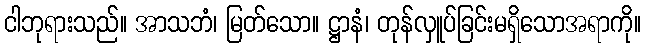
ငါဘုရားသည်။ အာသဘံ၊ မြတ်သော။ ဋ္ဌာနံ၊ တုန်လှူပ်ခြင်းမရှိသောအရာကို။